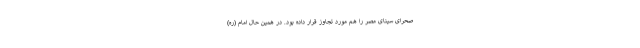
صحرای سینای مصر را هم مورد تجاوز قرار داده بود. در همین حال امام (ره)